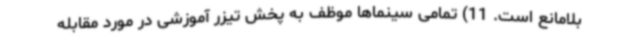
بلامانع است. 11) تمامی سینماها موظف به پخش تیزر آموزشی در مورد مقابله